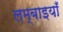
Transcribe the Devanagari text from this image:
लम्बाइयाँ